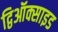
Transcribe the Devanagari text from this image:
द्विऑक्साइड